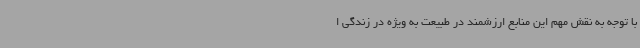
با توجه به نقش مهم این منابع ارزشمند در طبیعت به‌ ویژه در زندگی ا